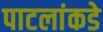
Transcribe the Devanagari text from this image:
पाटलांकडे